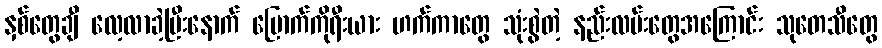
နှစ်တွေချီ လေ့လာခဲ့ပြီးနောက် မြောက်ကိုရီးယား ဟက်ကာတွေ သုံးစွဲတဲ့ နည်းလမ်းတွေအကြောင်း သုတေသီတွေ